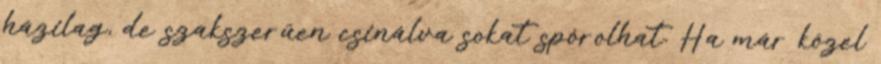
házilag, de szakszerűen csinálva sokat spórolhat. Ha már közel